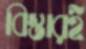
বিস্তারই